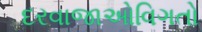
દરવાજાઓવિગતો